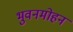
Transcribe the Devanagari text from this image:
भुवनमोहन